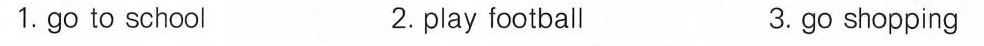
1.go to school 2.play football 3.go shopping